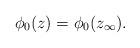
LaTeX: \begin{align*}\phi_{0}(z)=\phi_{0}(z_\infty).\end{align*}